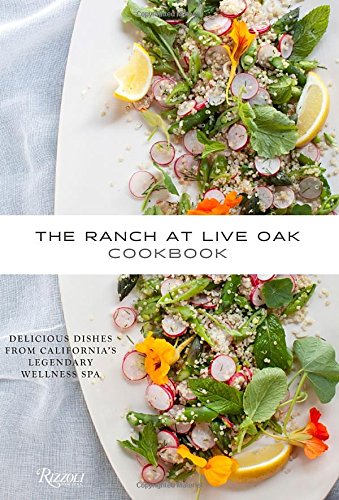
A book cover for The Ranch at Live Oak Cookbook: Delicious Dishes from California's Legendary Wellness Spa; Alex Glasscock; Cookbooks, Food & Wine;